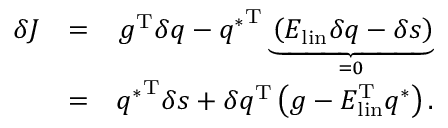
\begin{array} { r l r } { \delta J } & { = } & { g ^ { \mathrm { T } } \delta q - { q ^ { * } } ^ { \mathrm { T } } \underbrace { \left( E _ { \mathrm { l i n } } \delta q - \delta s \right) } _ { = 0 } } \\ & { = } & { { q ^ { * } } ^ { \mathrm { T } } \delta s + \delta q ^ { \mathrm { T } } \left( g - E _ { \mathrm { l i n } } ^ { \mathrm { T } } q ^ { * } \right) . } \end{array}